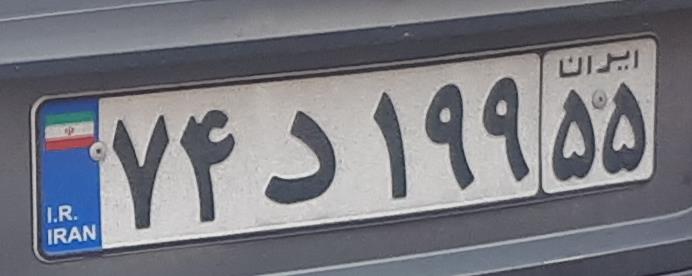
۷۴د۱۹۹۵۵